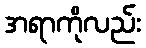
အရာကိုလည်း